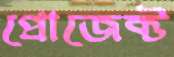
প্রোজেক্ট